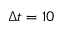
\Delta t = 1 0